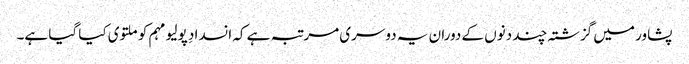
پشاور میں گزشتہ چند دنوں کے دوران یہ دوسری مرتبہ ہے کہ انسدادِ پولیو مہم کو ملتوی کیا گیا ہے۔